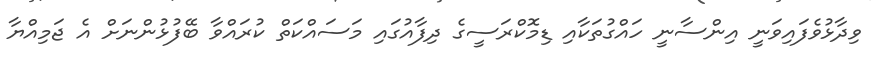
ވިދާޅުވެފައިވަނީ އިންސާނީ ހައްގުތަކާއި ޑިމޮކްރަސީގެ ދިފާއުގައި މަސައްކަތް ކުރައްވާ ބޭފުޅުންނަށް އެ ޖަމިއްޔާ